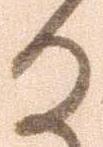
る